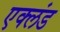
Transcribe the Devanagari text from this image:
एक्लंड